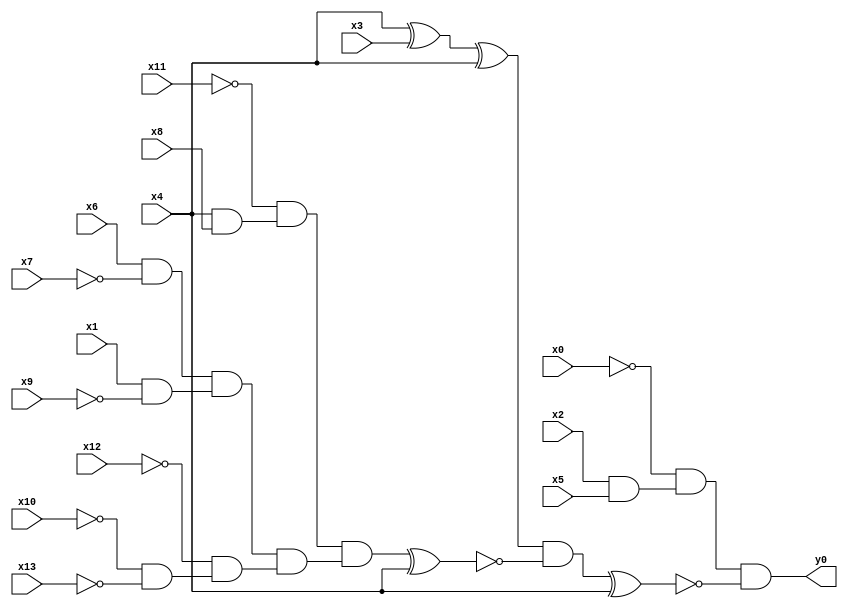
module top( x0 , x1 , x2 , x3 , x4 , x5 , x6 , x7 , x8 , x9 , x10 , x11 , x12 , x13 , y0 );
  input x0 , x1 , x2 , x3 , x4 , x5 , x6 , x7 , x8 , x9 , x10 , x11 , x12 , x13 ;
  output y0 ;
  wire n15 , n16 , n17 , n18 , n19 , n20 , n21 , n22 , n23 , n24 , n25 , n26 , n27 , n28 , n29 , n30 , n31 ;
  assign n15 = x2 & x5 ;
  assign n16 = ~x0 & n15 ;
  assign n17 = x4 ^ x3 ;
  assign n18 = n17 ^ x4 ;
  assign n19 = x4 & x8 ;
  assign n20 = ~x11 & n19 ;
  assign n21 = x6 & ~x7 ;
  assign n22 = x1 & ~x9 ;
  assign n23 = n21 & n22 ;
  assign n24 = ~x10 & ~x13 ;
  assign n25 = ~x12 & n24 ;
  assign n26 = n23 & n25 ;
  assign n27 = n20 & n26 ;
  assign n28 = n27 ^ x4 ;
  assign n29 = n18 & ~n28 ;
  assign n30 = n29 ^ x4 ;
  assign n31 = n16 & ~n30 ;
  assign y0 = n31 ;
endmodule